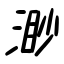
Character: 渺